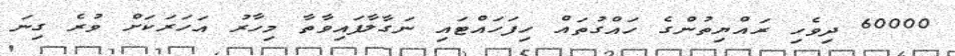
60000 ދިވެހި ރައްޔިތުންގެ ހައްގުތައް ހިފަހައްޓައި ނަގާލާފައިވާތާ މިހާރު އަހަރަކަށް ވުރެ ގިނަ